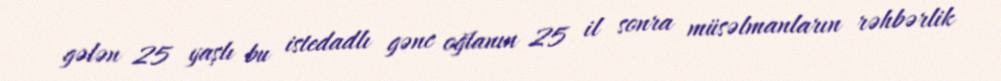
gələn 25 yaşlı bu istedadlı gənc oğlanın 25 il sonra müsəlmanların rəhbərlik